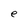
Character: e